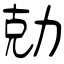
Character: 勀